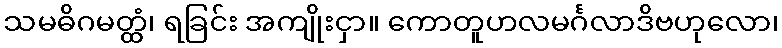
သမဓိဂမတ္ထံ၊ ရခြင်း အကျိုးငှာ။ ကောတူဟလမင်္ဂလာဒိဗဟုလော၊